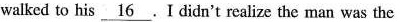
walked to his \underline_{16}. I didn't realize the man was the